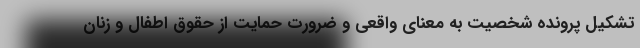
تشکیل پرونده شخصیت به معنای واقعی و ضرورت حمایت از حقوق اطفال و زنان